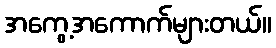
အကွေ့အကောက်များတယ်။